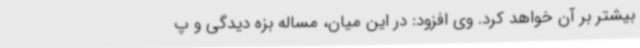
بیشتر بر آن خواهد کرد. وی افزود: در این میان، مساله بزه دیدگی و پ